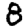
Digit: 8